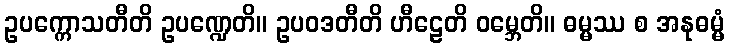
ဥပက္ကောသတီတိ ဥပဏ္ဍေတိ။ ဥပဝဒတီတိ ဟီဠေတိ ဝမ္ဘေတိ။ ဓမ္မဿ စ အနုဓမ္မံ